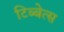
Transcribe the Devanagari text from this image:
टिब्बेत्स